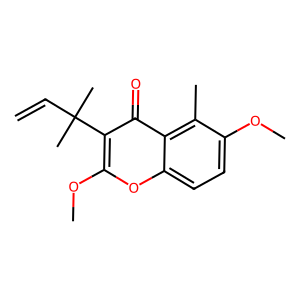
SMILES: C=CC(C)(C)c1c(OC)oc2ccc(OC)c(C)c2c1=O
Inhibits HIV replication: No